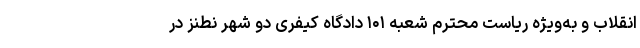
انقلاب و به‌ویژه ریاست محترم شعبه ۱۰۱ دادگاه کیفری دو شهر نطنز در